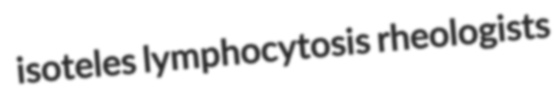
isoteles lymphocytosis rheologists